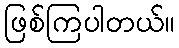
ဖြစ်ကြပါတယ်။